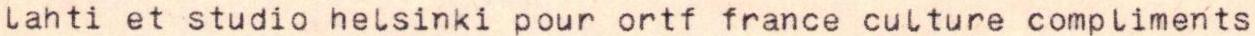
lahti et studio helsinki pour ortf france culture compliments